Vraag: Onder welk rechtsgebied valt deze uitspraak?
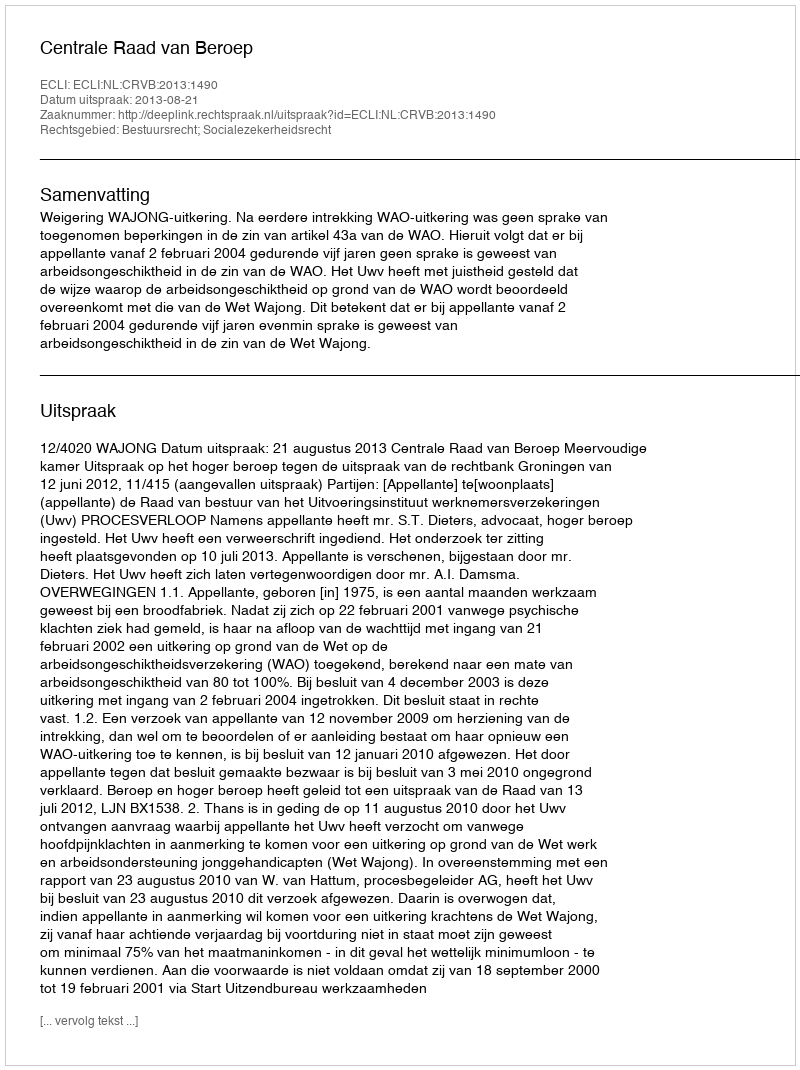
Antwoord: Bestuursrecht; Socialezekerheidsrecht